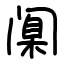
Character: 𫔶